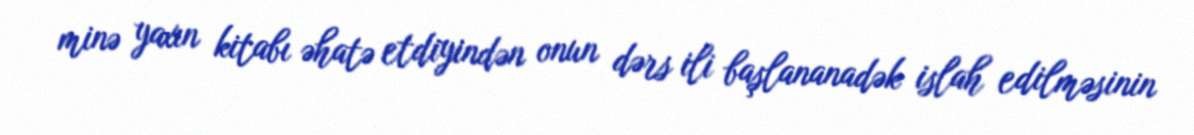
minə yaxın kitabı əhatə etdiyindən onun dərs ili başlananadək islah edilməsinin